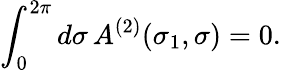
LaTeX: \int_{0}^{2\pi}d\sigma\, A^{(2)}(\sigma_{1},\sigma)=0.